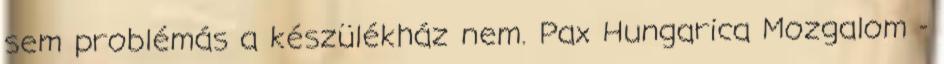
sem problémás a készülékház nem. Pax Hungarica Mozgalom -